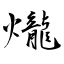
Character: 爖